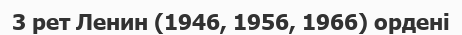
3 рет Ленин (1946, 1956, 1966) ордені